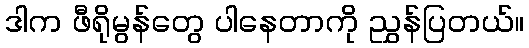
ဒါက ဖီရိုမွန်တွေ ပါနေတာကို ညွှန်ပြတယ်။